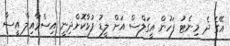
އޭގެ ދެ މިނެޓު ފަހުން އީގަލްސް އަށް ލީޑު ފުޅާކޮށްދިނީ އިސްމާއިލް އީސާ